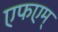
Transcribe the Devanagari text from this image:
एफएम्